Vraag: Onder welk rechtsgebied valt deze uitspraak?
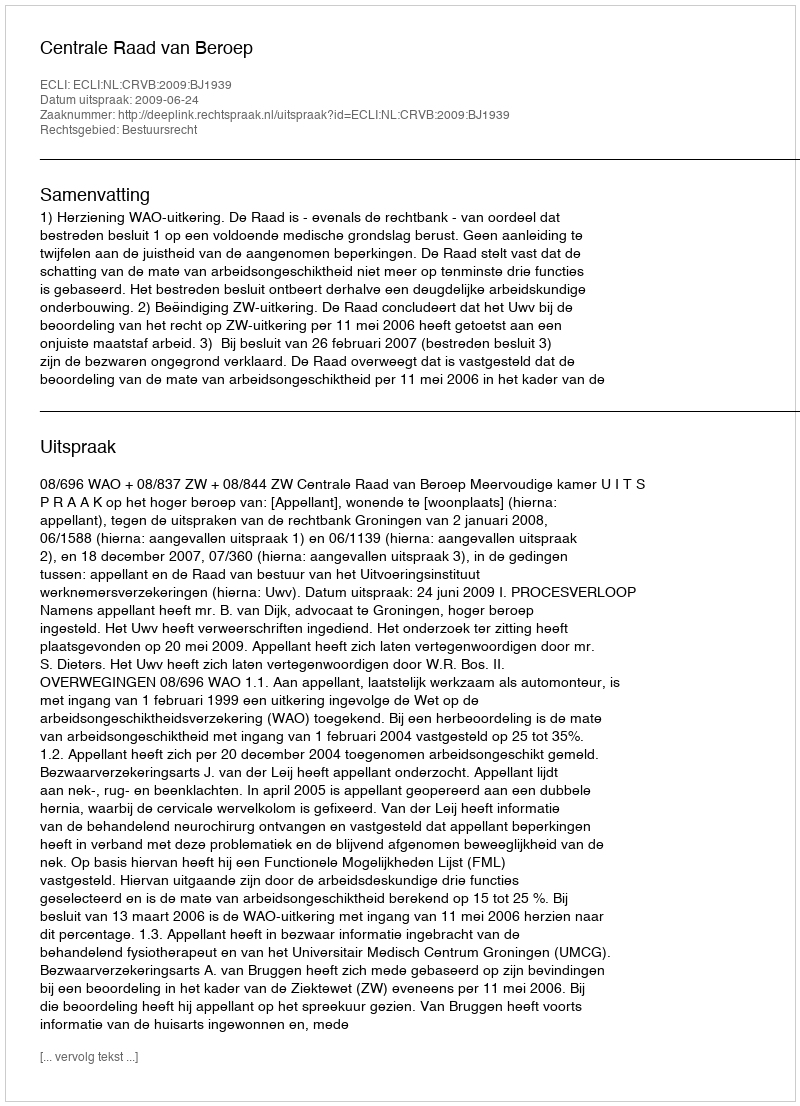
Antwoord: Bestuursrecht